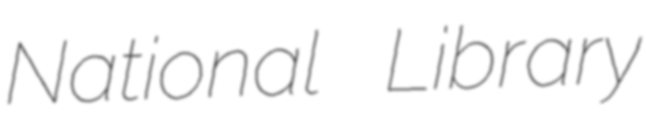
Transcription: National Library